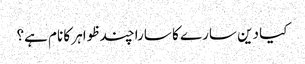
کیا دین سارے کا سارا چند ظواہر کا نام ہے؟